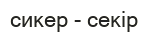
сикер - секір